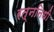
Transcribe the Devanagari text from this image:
रत्‍ननिधी